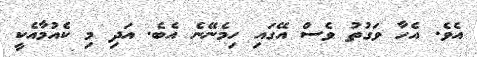
އެވެ. އެހާ ވަގުތު ވެސް އޭގައި ހިމެނޭނެ އެބެ. އަދި މި ކެއުމާއެކީ